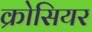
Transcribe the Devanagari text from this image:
क्रोसियर